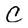
Character: C